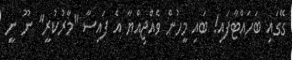
ގޭގައި ބަހައްޓާފައި! ބައި މީހުން ވެއްޖިއްޔާ އެ ފައިސާ "މާރުކުރީ" ނޫ ނީ